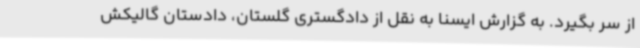
از سر بگیرد. به گزارش ایسنا به نقل از دادگستری گلستان، دادستان گالیکش